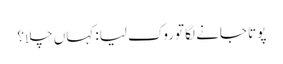
پوتا جانے لگا توروک لیا: کہاں چلا؟